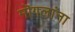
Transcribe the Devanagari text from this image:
मॊगलांना